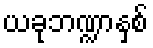
ယခုဘဏ္ဍာနှစ်